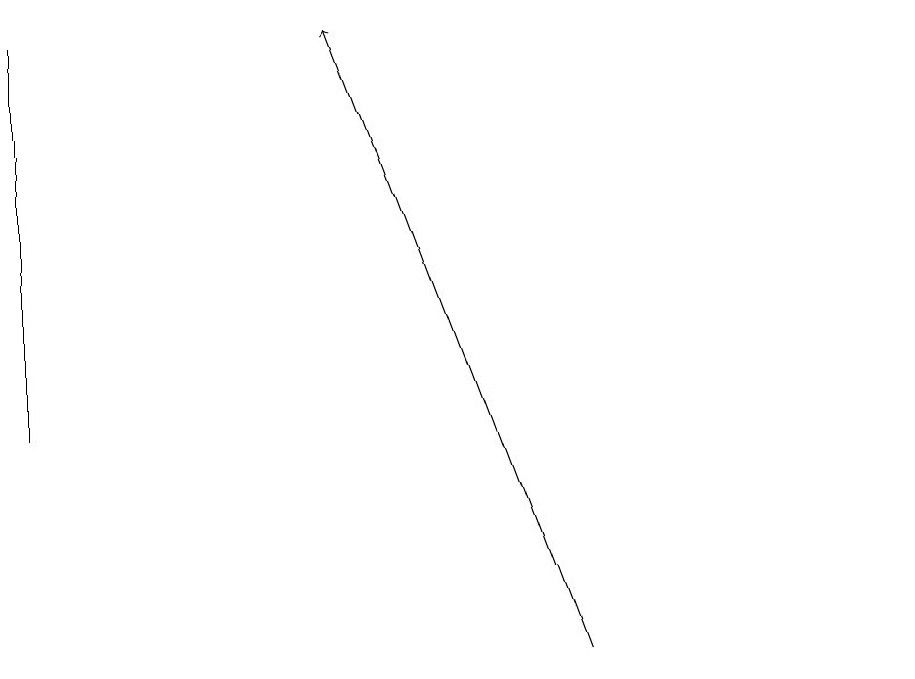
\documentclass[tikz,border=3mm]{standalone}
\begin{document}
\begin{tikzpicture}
\draw (0,18) rectangle (0,13);
\draw (11,10) circle (0);
\draw[->] (7,10) -- (4,18);
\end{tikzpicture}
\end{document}